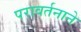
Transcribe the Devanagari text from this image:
परावर्तनाने